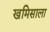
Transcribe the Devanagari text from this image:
खमिसाला